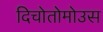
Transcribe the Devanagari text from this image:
दिचोतोमोउस